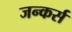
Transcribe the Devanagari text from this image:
जन्कर्स